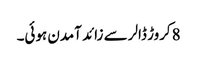
8کروڑ ڈالر سے زائد آمدن ہوئی۔